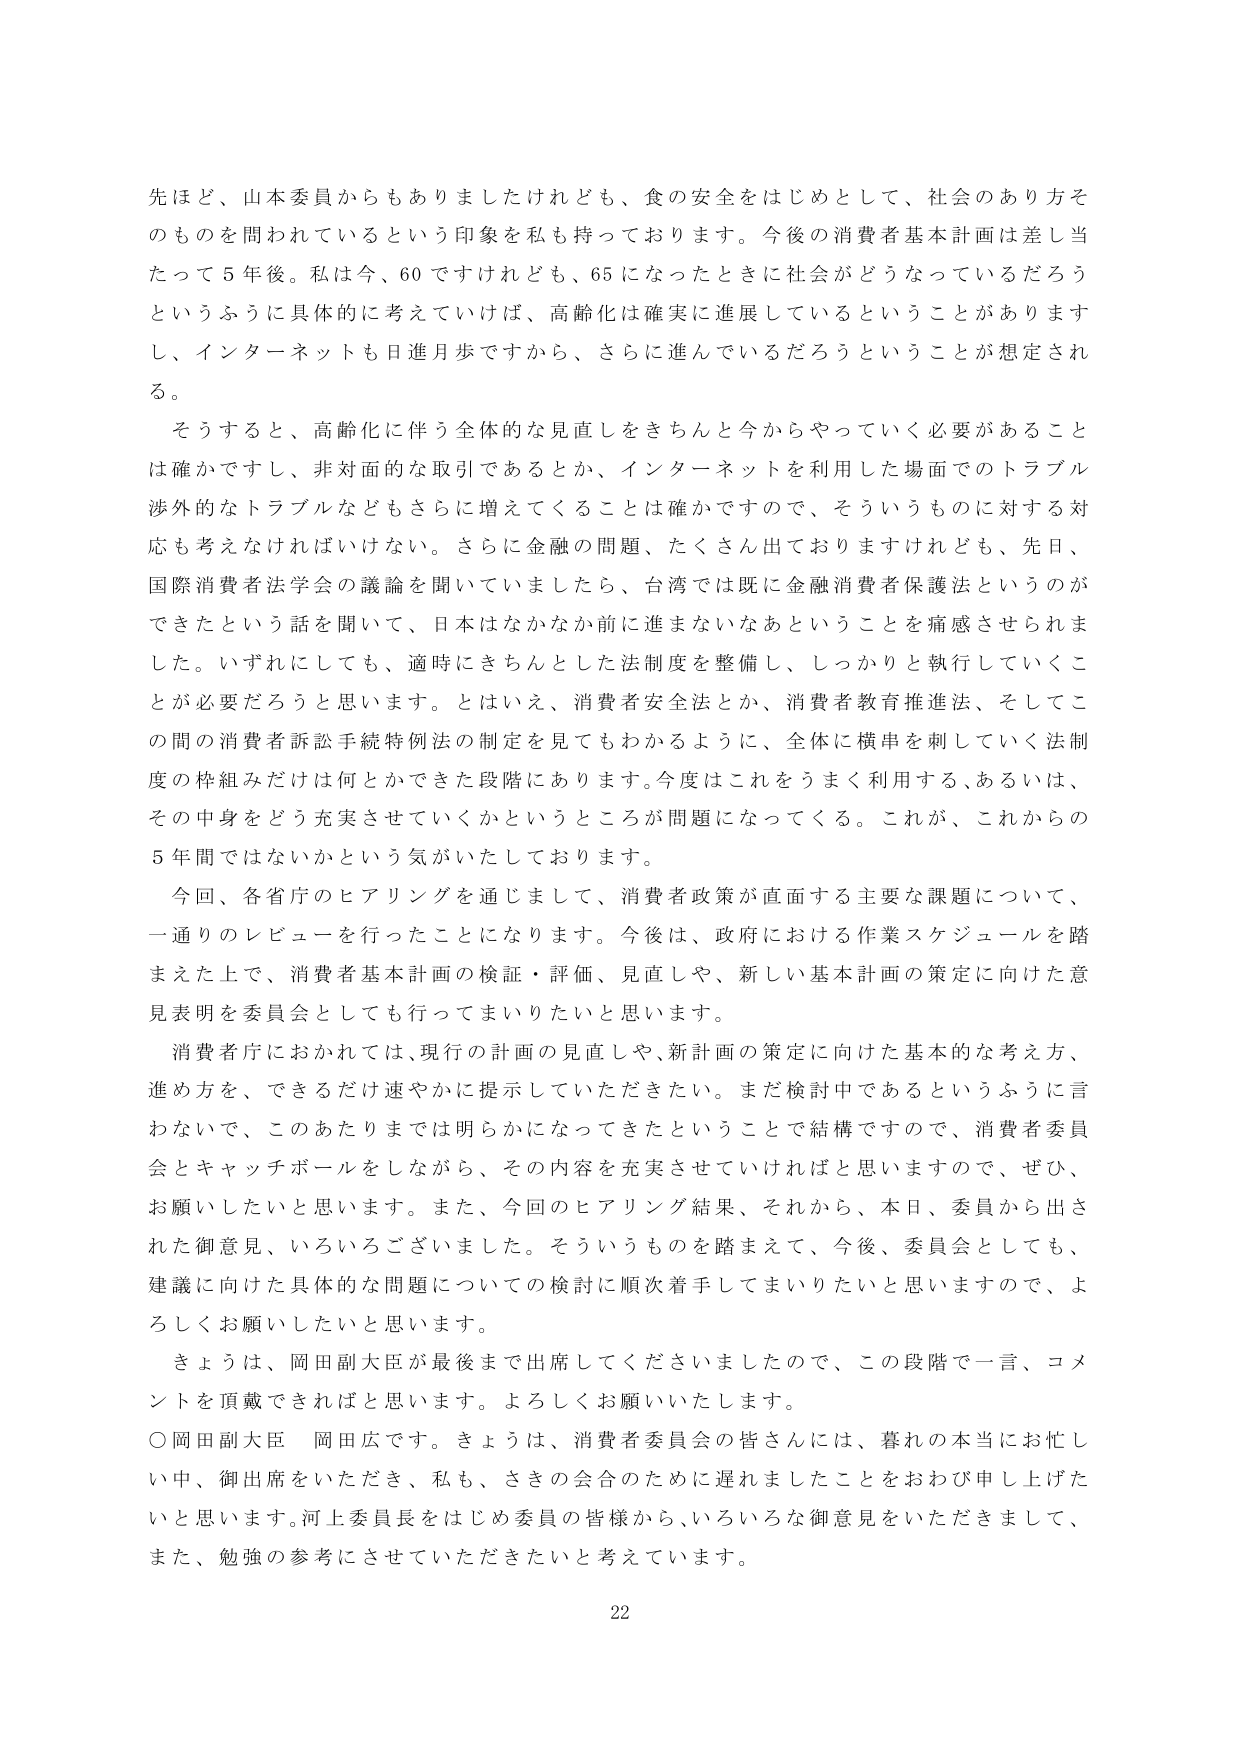
先ほど、山本委員からもありましたけれども、食の安全をはじめとして、社会のあり方そのものを問われているという印象を私も持っておりります。今後の消費者基本計画は差し当たって５年後。私は今、60ですけれども、65になったときに社会がどうなっているだろうというふうに具体的に考えていけば、高齢化は確実に進展しているということがありますし、インターネットも日進月歩ですから、さらに進んでいるだろうということが想定される。

そうすると、高齢化に伴う全体的な見直しをきちんと今からやっていく必要があることは確かですし、非対面的な取引であるとか、インターネットを利用した場面でのトラブル渉外的なトラブルなどもさらに増えてくることは確かですので、そういうものに対する対応も考えなければならない。さらに金融の問題、たくさん出ておりますけれども、先日、国際消費者法学会の議論を聞いていましたら、台湾では既に金融消費者保護法というのができたという話を聞いて、日本はなかなか前に進まないなあということを痛感させられました。いずれにしても、適時にきちんとした法制度を整備し、しっかりと執行していくことが必要だろうと思います。とはいえ、消費者安全法とか、消費者教育推進法、そしてこの間の消費者訴訟手続特例法の制定を見てもわかるように、全体に横串を刺していく法制度の枠組みだけは何とかできた段階にあります。今度はこれをうまく利用する、あるいは、その中身をどう充実させていくかというところが問題になってくる。これが、これからの5年間ではないかという気がいたしております。

今回、各省庁のヒアリングを通じまして、消費者政策が直面する主要な課題について、一通りのレビューを行ったことになります。今後は、政府における作業スケジュールを踏まえた上で、消費者基本計画の検証・評価、見直しや、新しい基本計画の策定に向けた意見表明を委員会としても行ってまいりたいと思います。

消費者庁におかれては、現行の計画の見直しや、新計画の策定に向けた基本的な考え方、進め方を、できるだけ速やかに提示していただきたい。まだ検討中であるというふうに言わないで、このあたりまでは明らかになってきたということで結構ですので、消費者委員会とキャッチボールをしながら、その内容を充実させていければと思いますので、ぜひ、お願いしたいと思います。また、今回のヒアリング結果、それから、本日、委員から出された御意見、いろいろございました。そういうものを踏まえて、今後、委員会としても、建議に向けた具体的な問題についての検討に順次着手してまいりたいと思いますので、よろしくお願いしたいと思います。

きょうは、岡田副大臣が最後まで出席してくださいましたので、この段階で一言、コメントを頂戴できればと思います。よろしくお願いいたします。

○岡田副大臣　岡田広です。きょうは、消費者委員会の皆さんには、暮れの本当にお忙しい中、御出席をいただき、私も、さきの会合のために遅れましたことをおわび申し上げたいと思います。河上委員長をはじめ委員の皆様から、いろいろな御意見をいただきまして、また、勉強の参考にさせていただきたいと考えています。

22